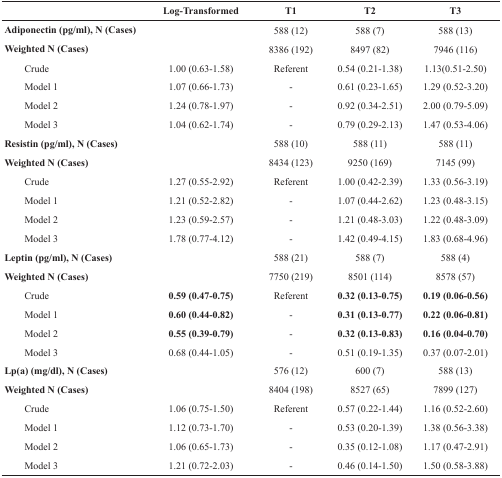
<table><thead><tr><td></td><td><b>Log-Transformed</b></td><td><b>T1</b></td><td><b>T2</b></td><td><b>T3</b></td></tr></thead><tbody><tr><td><b>Adiponectin (pg/ml), N (Cases)</b></td><td></td><td>588 (12)</td><td>588 (7)</td><td>588 (13)</td></tr><tr><td><b>Weighted N (Cases)</b></td><td></td><td>8386 (192)</td><td>8497 (82)</td><td>7946 (116)</td></tr><tr><td>Crude</td><td>1.00 (0.63-1.58)</td><td>Referent</td><td>0.54 (0.21-1.38)</td><td>1.13(0.51-2.50)</td></tr><tr><td>Model 1</td><td>1.07 (0.66-1.73)</td><td>-</td><td>0.61 (0.23-1.65)</td><td>1.29 (0.52-3.20)</td></tr><tr><td>Model 2</td><td>1.24 (0.78-1.97)</td><td>-</td><td>0.92 (0.34-2.51)</td><td>2.00 (0.79-5.09)</td></tr><tr><td>Model 3</td><td>1.04 (0.62-1.74)</td><td>-</td><td>0.79 (0.29-2.13)</td><td>1.47 (0.53-4.06)</td></tr><tr><td><b>Resistin (pg/ml), N (Cases)</b></td><td></td><td>588 (10)</td><td>588 (11)</td><td>588 (11)</td></tr><tr><td><b>Weighted N (Cases)</b></td><td></td><td>8434 (123)</td><td>9250 (169)</td><td>7145 (99)</td></tr><tr><td>Crude</td><td>1.27 (0.55-2.92)</td><td>Referent</td><td>1.00 (0.42-2.39)</td><td>1.33 (0.56-3.19)</td></tr><tr><td>Model 1</td><td>1.21 (0.52-2.82)</td><td>-</td><td>1.07 (0.44-2.62)</td><td>1.23 (0.48-3.15)</td></tr><tr><td>Model 2</td><td>1.23 (0.59-2.57)</td><td>-</td><td>1.21 (0.48-3.03)</td><td>1.22 (0.48-3.09)</td></tr><tr><td>Model 3</td><td>1.78 (0.77-4.12)</td><td>-</td><td>1.42 (0.49-4.15)</td><td>1.83 (0.68-4.96)</td></tr><tr><td><b>Leptin (pg/ml), N (Cases)</b></td><td></td><td>588 (21)</td><td>588 (7)</td><td>588 (4)</td></tr><tr><td><b>Weighted N (Cases)</b></td><td></td><td>7750 (219)</td><td>8501 (114)</td><td>8578 (57)</td></tr><tr><td>Crude</td><td><b>0.59 (0.47-0.75)</b></td><td>Referent</td><td><b>0.32 (0.13-0.75)</b></td><td><b>0.19 (0.06-0.56)</b></td></tr><tr><td>Model 1</td><td><b>0.60 (0.44-0.82)</b></td><td>-</td><td><b>0.31 (0.13-0.77)</b></td><td><b>0.22 (0.06-0.81)</b></td></tr><tr><td>Model 2</td><td><b>0.55 (0.39-0.79)</b></td><td>-</td><td><b>0.32 (0.13-0.83)</b></td><td><b>0.16 (0.04-0.70)</b></td></tr><tr><td>Model 3</td><td>0.68 (0.44-1.05)</td><td>-</td><td>0.51 (0.19-1.35)</td><td>0.37 (0.07-2.01)</td></tr><tr><td><b>Lp(a) (mg/dl), N (Cases)</b></td><td></td><td>576 (12)</td><td>600 (7)</td><td>588 (13)</td></tr><tr><td><b>Weighted N (Cases)</b></td><td></td><td>8404 (198)</td><td>8527 (65)</td><td>7899 (127)</td></tr><tr><td>Crude</td><td>1.06 (0.75-1.50)</td><td>Referent</td><td>0.57 (0.22-1.44)</td><td>1.16 (0.52-2.60)</td></tr><tr><td>Model 1</td><td>1.12 (0.73-1.70)</td><td>-</td><td>0.53 (0.20-1.39)</td><td>1.38 (0.56-3.38)</td></tr><tr><td>Model 2</td><td>1.06 (0.65-1.73)</td><td>-</td><td>0.35 (0.12-1.08)</td><td>1.17 (0.47-2.91)</td></tr><tr><td>Model 3</td><td>1.21 (0.72-2.03)</td><td>-</td><td>0.46 (0.14-1.50)</td><td>1.50 (0.58-3.88)</td></tr></tbody></table>